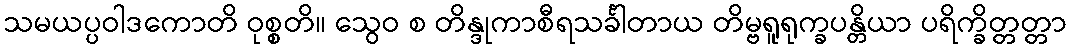
သမယပ္ပဝါဒကောတိ ဝုစ္စတိ။ သွေဝ စ တိန္ဒုကာစီရသင်္ခါတာယ တိမ္ဗရူရုက္ခပန္တိယာ ပရိက္ခိတ္တတ္တာ